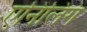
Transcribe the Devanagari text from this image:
एनिंलिंग